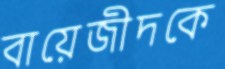
বায়েজীদকে